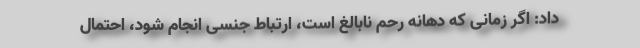
داد: اگر زمانی که دهانه رحم نابالغ است، ارتباط جنسی انجام شود، احتمال